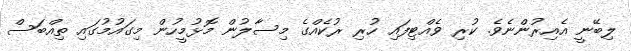
ލިބޭނީ އެއިރުންނެވެ. ކުރި ވެއްޓިފައި ހުރި ރުކެއްގެ މިސާލުން މޮޅުމީހުން މިގައުމުގައި ތިއްބަސް